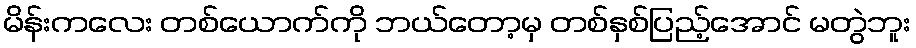
မိန်းကလေး တစ်ယောက်ကို ဘယ်တော့မှ တစ်နှစ်ပြည့်အောင် မတွဲဘူး